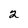
Character: 2